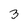
Character: 3